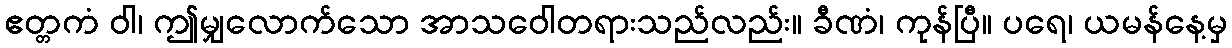
ဧတ္တကံ ဝါ၊ ဤမျှလောက်သော အာသဝေါတရားသည်လည်း။ ခီဏံ၊ ကုန်ပြီ။ ပရေ၊ ယမန်နေ့မှ